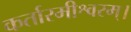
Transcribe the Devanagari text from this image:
कर्तारमीश्वरम्।